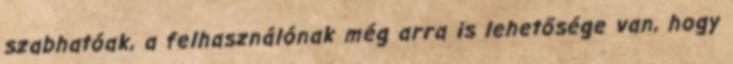
szabhatóak, a felhasználónak még arra is lehetősége van, hogy